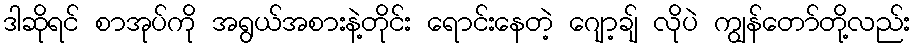
ဒါဆိုရင် စာအုပ်ကို အရွယ်အစားနဲ့တိုင်း ရောင်းနေတဲ့ ဂျော့ချ် လိုပဲ ကျွန်တော်တို့လည်း